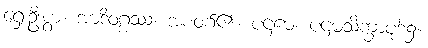
ရှေးဦးစွာ။ အာဒိဝဂ္ဂဿ၊ အစဝဂ်၏။ ပဌမေ၊ ပဌမသိက္ခာပုဒ်၌။